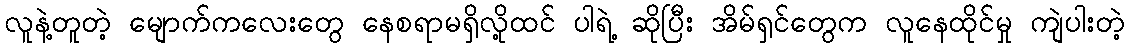
လူနဲ့တူတဲ့ မျောက်ကလေးတွေ နေစရာမရှိလို့ထင် ပါရဲ့ ဆိုပြီး အိမ်ရှင်တွေက လူနေထိုင်မှု ကျဲပါးတဲ့